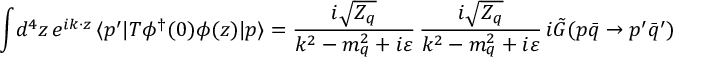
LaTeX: \int \! d ^ { 4 } z \, e ^ { i k \cdot z } \, \langle p ^ { \prime } | T \phi ^ { \dagger } ( 0 ) \phi ( z ) | p \rangle = { \frac { i \sqrt { Z _ { q } } } { k ^ { 2 } - m _ { q } ^ { 2 } + i \varepsilon } } \, { \frac { i \sqrt { Z _ { q } } } { k ^ { 2 } - m _ { q } ^ { 2 } + i \varepsilon } } \, i \tilde { G } ( p \bar { q } \to p ^ { \prime } \bar { q } ^ { \prime } )